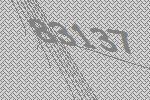
83137